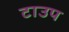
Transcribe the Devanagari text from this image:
टाउप